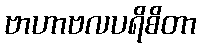
ဗာဟာဗလပရိစိတာ